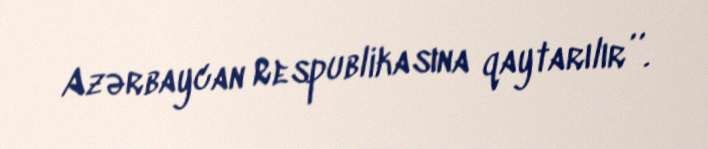
Azərbaycan Respublikasına qaytarılır’’.